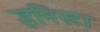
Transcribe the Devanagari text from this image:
इनिस्टा